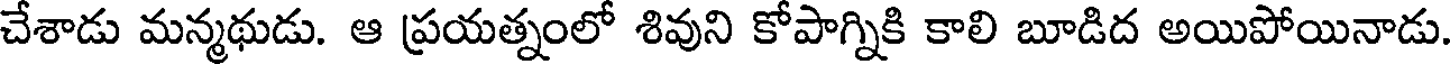
చేశాడు మన్మథుడు. ఆ ప్రయత్నంలో శివుని కోపాగ్నికి కాలి బూడిద అయిపోయినాడు.